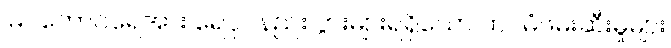
မြင်ကောင်ရေအား ရေငုပ်နည်း ပွားများရရှိသော ထပ်မံဖမ်းဆီးမှုများ